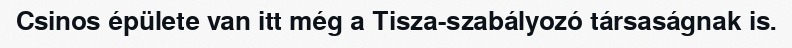
Csinos épülete van itt még a Tisza-szabályozó társaságnak is.